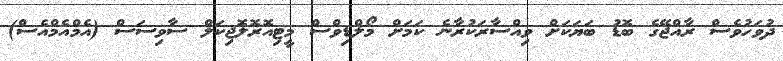
ދުވަހުވެސް ރާއްޖޭގެ ބޮޑު ބަޔަކަށް ވިއްސާރަކުރާނެ ކަމަށް މޯލްޑިވްސް މީޓިއޮރޮލޮޖިކަލް ސާވިސަސް (އެމްއެމްއެސް)